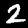
Digit: 2